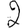
Digit: 2